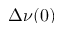
\Delta \nu ( 0 )